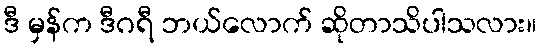
ဒီ မှန်က ဒီဂရီ ဘယ်လောက် ဆိုတာသိပါသလား။